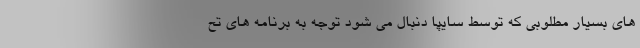
هاي بسيار مطلوبي كه توسط سايپا دنبال مي شود توجه به برنامه هاي تح